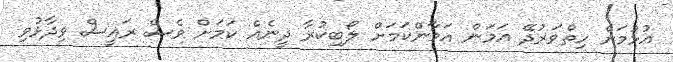
އުޅުމަށް ހިތްވަރުދޭ އަމަން އަމާންކަމަށް ލޯބިކުރާ ދީނެއް ކަމަށް ވެސް ރައީސް ވިދާޅުވި